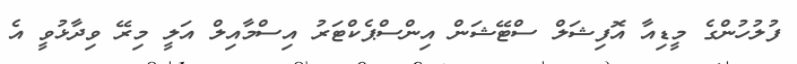
ފުލުހުންގެ މީޑިއާ އޮފިޝަލް ސްޓޭޝަން އިންސްޕެކްޓަރު އިސްމާއިލް އަލީ މިރޭ ވިދާޅުވީ އެ